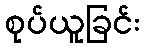
စုပ်ယူခြင်း